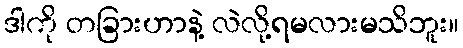
ဒါကို တခြားဟာနဲ့ လဲလို့ရမလားမသိဘူး။